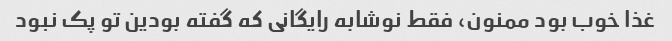
غذا خوب بود ممنون، فقط نوشابه رایگانی که گفته بودین تو پک نبود